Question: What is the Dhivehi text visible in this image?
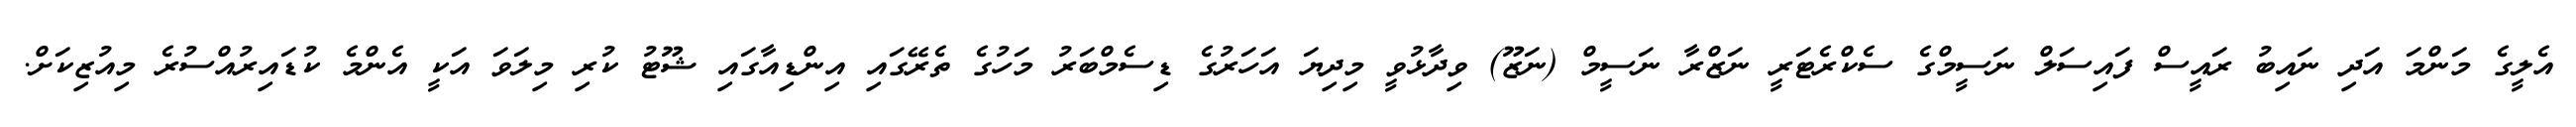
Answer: އެލީގެ މަންމަ އަދި ނައިބު ރައީސް ފައިސަލް ނަސީމްގެ ސެކްރެޓަރީ ނަޒްރާ ނަސީމް (ނަޒޫ) ވިދާޅުވީ މިދިޔަ އަހަރުގެ ޑިސެމްބަރު މަހުގެ ތެރޭގައި އިންޑިއާގައި ޝޫޓު ކުރި މިލަވަ އަކީ އެންމެ ކުޑައިރުއްސުރެ މިއުޒިކަށް.